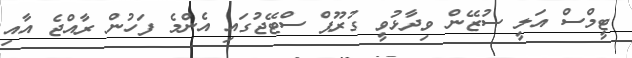
ޓީމްސް އަލީ ސުޒޭން ވިދާޅުވީ ގުރޫޕް ސްޓޭޖުގައި އެންމެ ފަހުން ރާއްޖެ އާއި